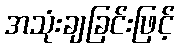
အသုံးချခြင်းဖြင့်